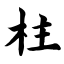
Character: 柱